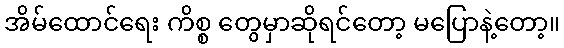
အိမ်ထောင်ရေး ကိစ္စ တွေမှာဆိုရင်တော့ မပြောနဲ့တော့။